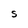
Character: S